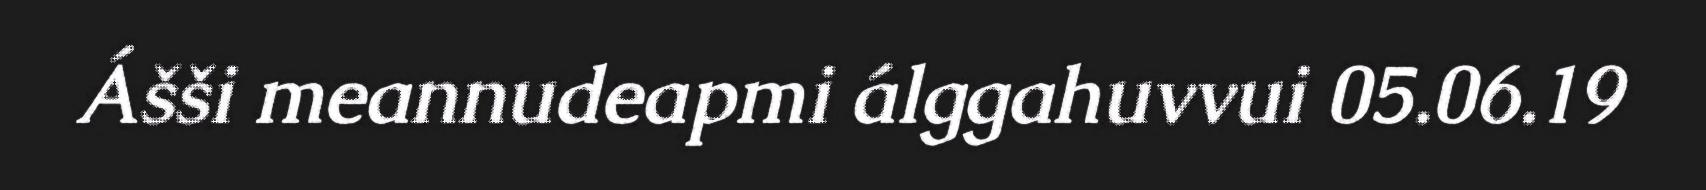
Ášši meannudeapmi álggahuvvui 05.06.19